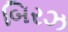
બિરઝ